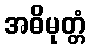
အဓိမုတ္တံ